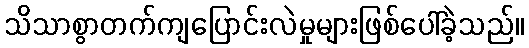
သိသာစွာတက်ကျပြောင်းလဲမှုများဖြစ်ပေါ်ခဲ့သည်။